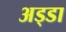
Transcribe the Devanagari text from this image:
अड्‍डा